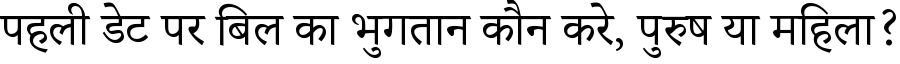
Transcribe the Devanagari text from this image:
पहली डेट पर बिल का भुगतान कौन करे, पुरुष या महिला?